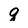
Character: q